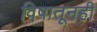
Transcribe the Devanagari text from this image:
विषातूनही